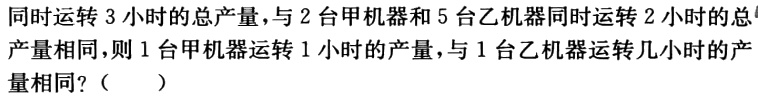
同时运转 3 小时的总产量，与 2 台甲机器和 5 台乙机器同时运转 2 小时的总产量相同，则 1 台甲机器运转 1 小时的产量，与 1 台乙机器运转几小时的产量相同?（  ）